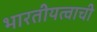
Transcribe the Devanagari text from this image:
भारतीयत्वाची